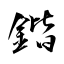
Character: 鍇